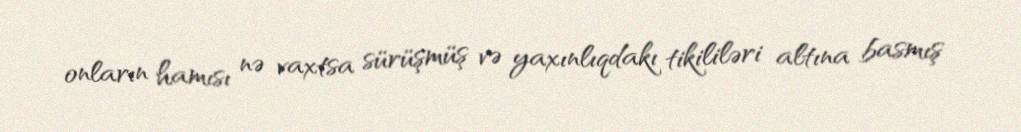
onların hamısı nə vaxtsa sürüşmüş və yaxınlıqdakı tikililəri altına basmış